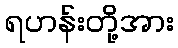
ရဟန်းတို့အား